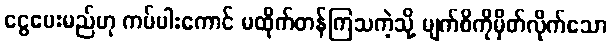
ငွေပေးမည်ဟု ကပ်ပါးကောင် မထိုက်တန်ကြသကဲ့သို့ မျက်စိကိုမှိတ်လိုက်သော